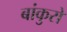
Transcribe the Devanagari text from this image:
बांकुरों